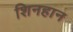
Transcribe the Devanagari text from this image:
शिनहान